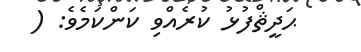
ޙަދީޘްފުޅު ކުރެއްވި ކަންކަމެވެ: (